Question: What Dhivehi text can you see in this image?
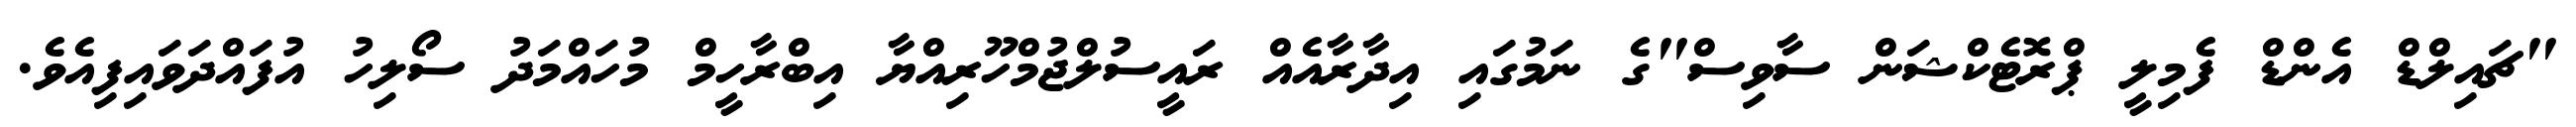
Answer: "ޗައިލްޑް އެންޑް ފެމިލީ ޕްރޮޓެކްޝަން ސާވިސް"ގެ ނަމުގައި އިދާރާއެއް ރައީސުލްޖުމްހޫރިއްޔާ އިބްރާހީމް މުހައްމަދު ސޯލިހު އުފައްދަވައިފިއެވެ.